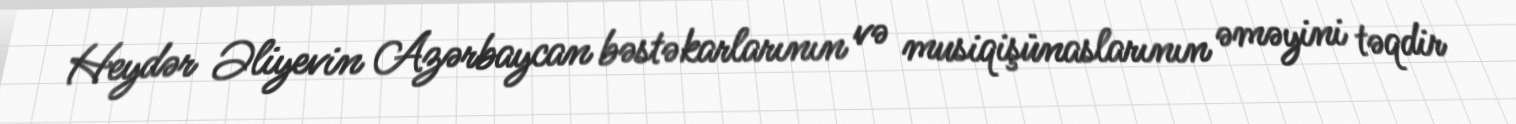
Heydər Əliyevin Azərbaycan bəstəkarlarının və musiqişünaslarının əməyini təqdir